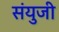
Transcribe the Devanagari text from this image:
संयुजी